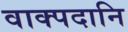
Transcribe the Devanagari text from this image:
वाक्पदानि